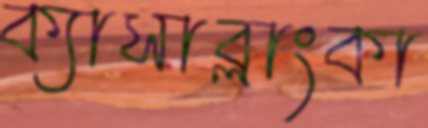
ক্যাসাব্লাংকা